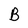
Character: B